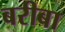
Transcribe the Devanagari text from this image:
बरीबा